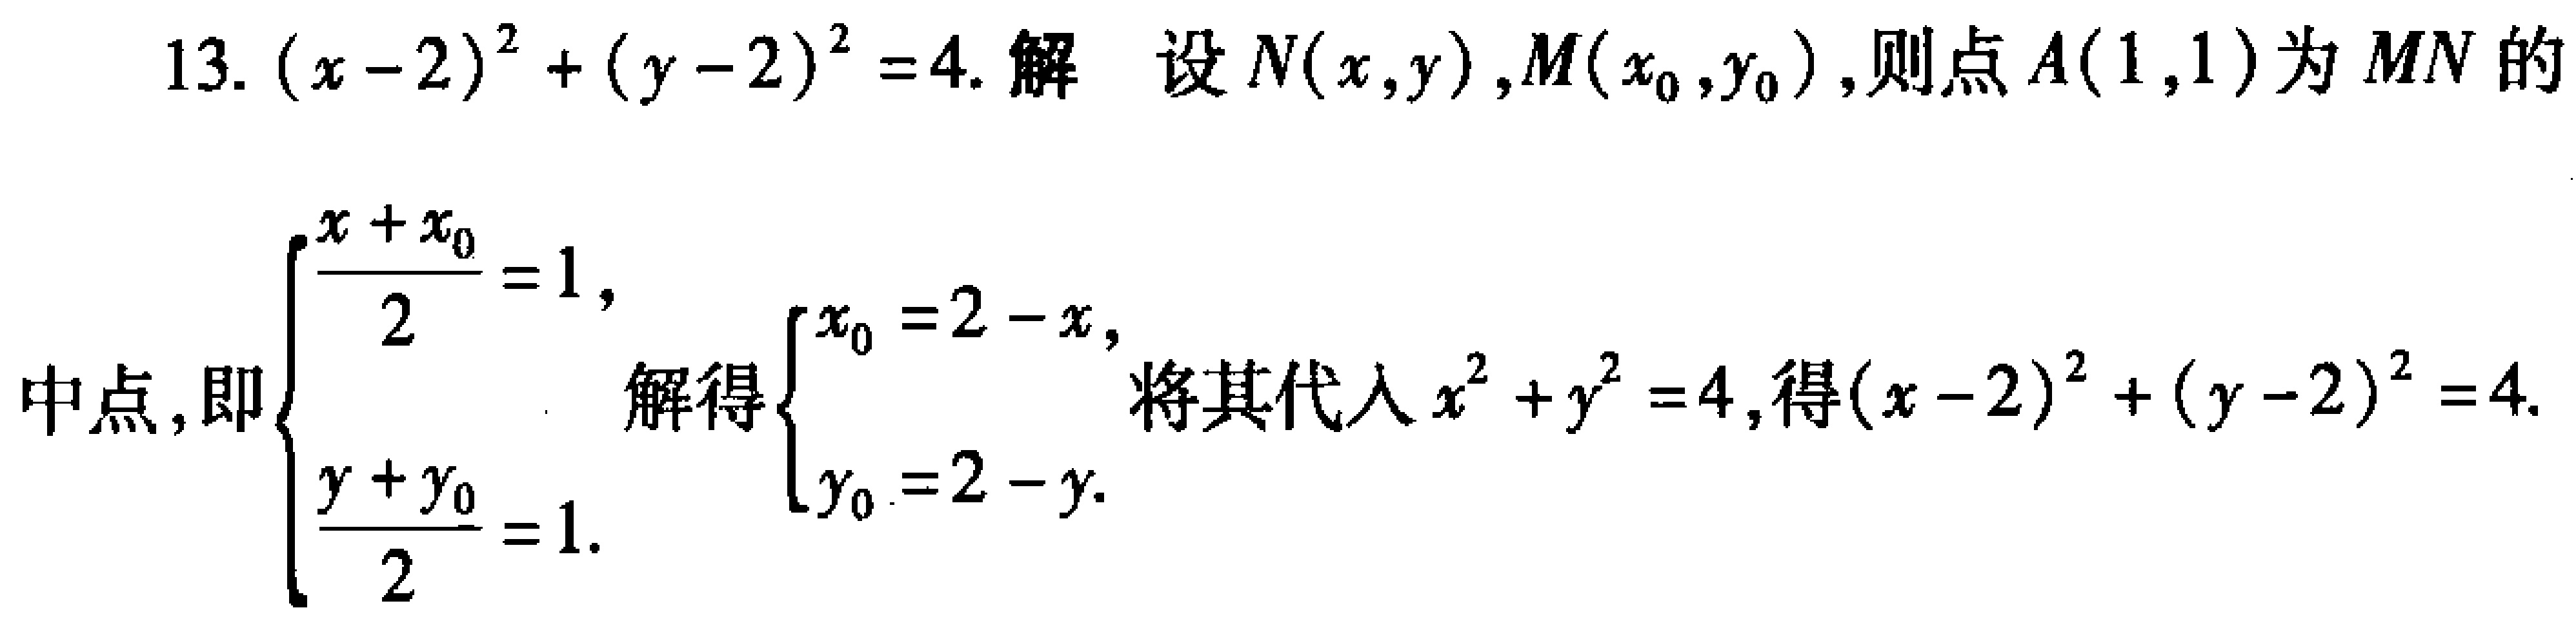
13. \((x - 2)^2 + (y - 2)^2 = 4\). 解 设\(N(x,y),M(x_0,y_0)\), 则点\(A(1,1)\)为\(MN\)的
中点, 即\(\begin{cases}\frac{x + x_0}{2} = 1,\\\frac{y + y_0}{2} = 1.\end{cases}\) 解得\(\begin{cases}x_0 = 2 - x,\\y_0 = 2 - y.\end{cases}\) 将其代入\(x^2 + y^2 = 4\), 得\((x - 2)^2 + (y - 2)^2 = 4\).